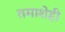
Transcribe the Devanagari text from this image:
तमाशेही